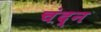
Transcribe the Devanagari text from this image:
चंद्न